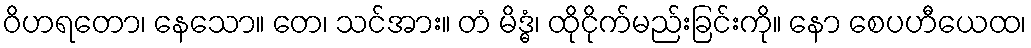
ဝိဟရတော၊ နေသော။ တေ၊ သင်အား။ တံ မိဒ္ဓံ၊ ထိုငိုက်မည်းခြင်းကို။ နော စေပဟီယေထ၊